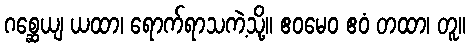
ဂစ္ဆေယျ ယထာ၊ ရောက်ရာသကဲ့သို့။ ဧဝမေဝ ဧဝံ တထာ၊ တူ။